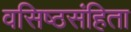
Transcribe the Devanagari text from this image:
वसिष्ठसंहिता